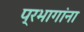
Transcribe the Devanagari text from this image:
प्रभागांना